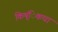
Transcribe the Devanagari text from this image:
किष्ंिकधा